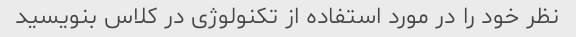
نظر خود را در مورد استفاده از تکنولوژی در کلاس بنویسید